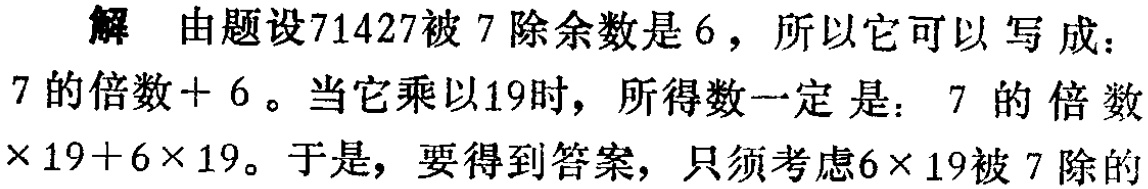
解 由题设71427被 7 除余数是 6，所以它可以写成：

7的倍数+ 6。当它乘以19时，所得数一定是： 7 的倍数

×19+6×19。于是，要得到答案，只须考虑6×19被 7 除的